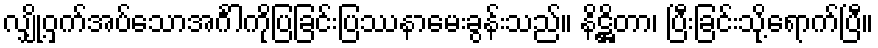
လျှို့ဝှက်အပ်သောအင်္ဂါကိုပြခြင်းပြဿနာမေးခွန်းသည်။ နိဋ္ဌိတာ၊ ပြီးခြင်းသို့ရောက်ပြီ။